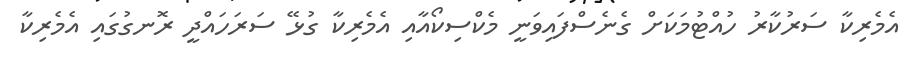
އެމެރިކާ ސަރުކާރު ހުއްޓުމަކަށް ގެނެސްފައިވަނީ މެކްސިކޯއާއި އެމެރިކާ ގުޅޭ ސަރަހައްދީ ރޮނގުގައި އެމެރިކާ